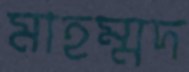
মাহম্মদ